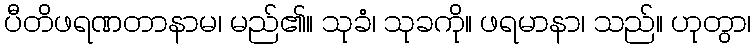
ပီတိဖရဏတာနာမ၊ မည်၏။ သုခံ၊ သုခကို။ ဖရမာနာ၊ သည်။ ဟုတွာ၊